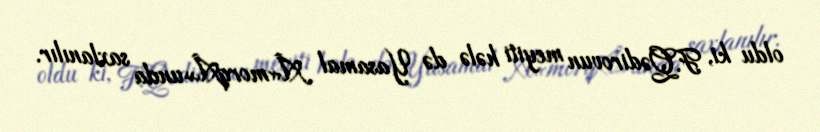
oldu ki, F.Qədirovun meyiti hələ də Yasamal Â«morqÂ»unda saxlanılır.